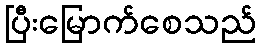
ပြီးမြောက်စေသည်